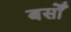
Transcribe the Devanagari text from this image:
बसोँ